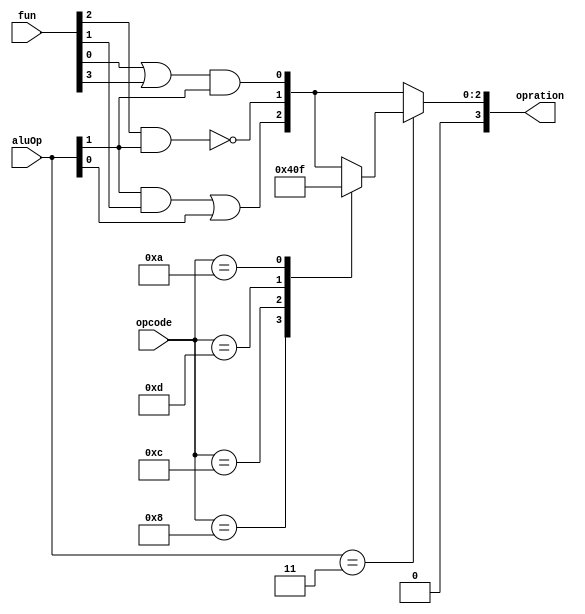
module aluControl(input [5:0]fun,input [1:0]aluOp,input [5:0]opcode,output reg[3:0] opration);

  always@(*)begin
     opration[0] = (fun[0]|fun[3])&aluOp[1];
     opration[1] = ~(fun[2]&aluOp[1]);
     opration[2] = (aluOp[1]&fun[1])|aluOp[0];
     opration[3] =1'b0;
     if(aluOp==2'b11)
       begin
         
         case(opcode)
             6'b001000://addi
              opration=4'b0010;
             6'b001100://andi
              opration=4'b0000;
             6'b001101://ori
              opration=4'b0001;
             6'b001010://slti
              opration=4'b0111;
           endcase
            
           end
           
           end
endmodule